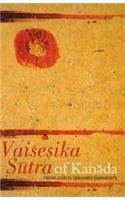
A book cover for Vaisesika Sutra of Kanada, Translated by Debasish Chakravarty; Religion & Spirituality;